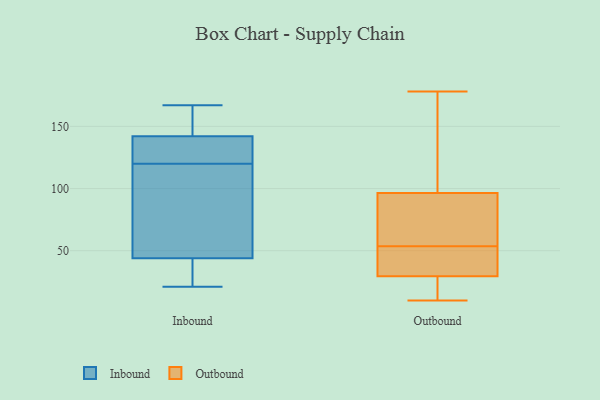
{"axis": {"x": "Market Share (%)", "y": "Value"}, "legend": ["Inbound", "Outbound"], "data": [{"x": "", "y": 27, "type": "Inbound"}, {"x": "", "y": 156, "type": "Inbound"}, {"x": "", "y": 130, "type": "Inbound"}, {"x": "", "y": 142, "type": "Inbound"}, {"x": "", "y": 87, "type": "Inbound"}, {"x": "", "y": 21, "type": "Inbound"}, {"x": "", "y": 44, "type": "Inbound"}, {"x": "", "y": 136, "type": "Inbound"}, {"x": "", "y": 167, "type": "Inbound"}, {"x": "", "y": 110, "type": "Inbound"}, {"x": "", "y": 99, "type": "Outbound"}, {"x": "", "y": 11, "type": "Outbound"}, {"x": "", "y": 54, "type": "Outbound"}, {"x": "", "y": 32, "type": "Outbound"}, {"x": "", "y": 125, "type": "Outbound"}, {"x": "", "y": 27, "type": "Outbound"}, {"x": "", "y": 53, "type": "Outbound"}, {"x": "", "y": 10, "type": "Outbound"}, {"x": "", "y": 41, "type": "Outbound"}, {"x": "", "y": 46, "type": "Outbound"}, {"x": "", "y": 94, "type": "Outbound"}, {"x": "", "y": 133, "type": "Outbound"}, {"x": "", "y": 13, "type": "Outbound"}, {"x": "", "y": 86, "type": "Outbound"}, {"x": "", "y": 103, "type": "Outbound"}, {"x": "", "y": 70, "type": "Outbound"}, {"x": "", "y": 90, "type": "Outbound"}, {"x": "", "y": 178, "type": "Outbound"}, {"x": "", "y": 21, "type": "Outbound"}, {"x": "", "y": 41, "type": "Outbound"}]}